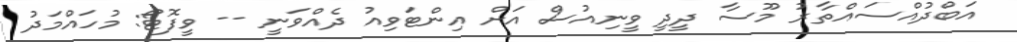
އަބްދުއްސައްތާރު މޫސާ ދީދީ ވީނިއުސް އަށް އިންޓަވިއު ދެއްވަނީ -- ވީފޮޓޯ: މުހައްމަދު